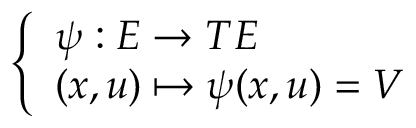
\left\{ \begin{array} { l l } { \psi : E \to T E } \\ { ( x , u ) \mapsto \psi ( x , u ) = V } \end{array} \right.